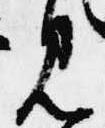
見